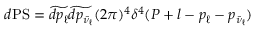
d \mathrm { P S } = \widetilde { d p _ { \ell } } \widetilde { d p _ { \bar { \nu } _ { \ell } } } ( 2 \pi ) ^ { 4 } \delta ^ { 4 } ( P + l - p _ { \ell } - p _ { \bar { \nu } _ { \ell } } )